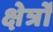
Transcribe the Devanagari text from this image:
क्षेर्त्रों